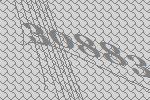
30883